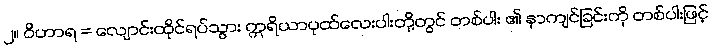
၂။ ဝိဟာရ = လျောင်းထိုင်ရပ်သွား ဣရိယာပုထ်လေးပါးတို့တွင် တစ်ပါး ၏ နာကျင်ခြင်းကို တစ်ပါးဖြင့်